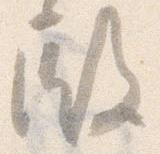
殿